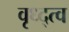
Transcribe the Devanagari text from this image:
वृध्द्त्व